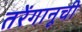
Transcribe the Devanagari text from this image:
तरेंगानूची